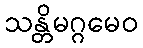
သန္တိမဂ္ဂမေဝ